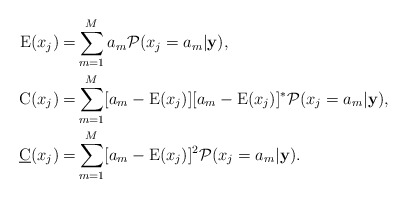
\begin{align*}\text E (x_j) = &\sum_{m=1}^{M}a_m\mathcal P({x_j = a_m}|{\bf y}),\\{\text C}(x_j) = &\sum_{m=1}^{M}[a_m - \text E(x_j)][a_m - \text E(x_j)]^*\mathcal P({x_j = a_m}|{\bf y}),\\{\underline {\text C}}(x_j) = &\sum_{m=1}^{M}[a_m -\text E(x_j)]^2 \mathcal P({x_j = a_m}|{\bf y}).\end{align*}